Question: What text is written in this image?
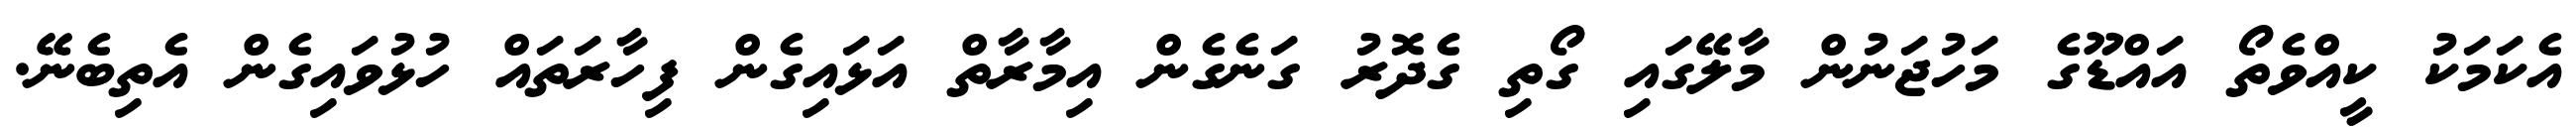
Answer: އެކަމަކު ކީއްވެތޯ އައްޑޫގެ މަހުޖަނުން މާލޭގައި ގޯތި ގެދޮރު ގަނެގެން އިމާރާތް އަޅައިގެން ފިހާރަތައް ހުޅުވައިގެން އެތިބެނޭ.